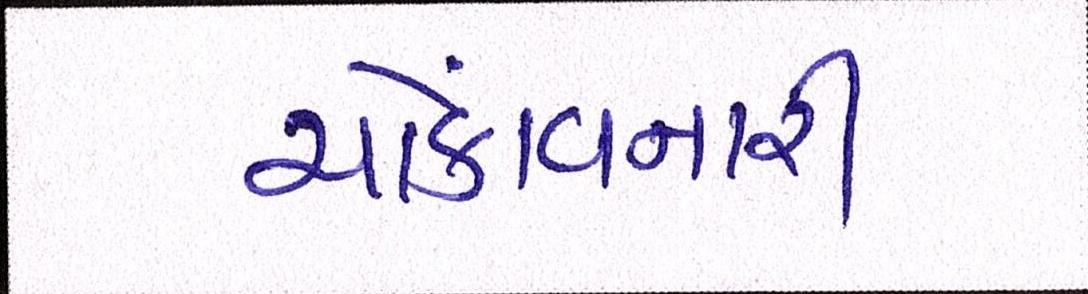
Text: ચોંકાવનારી